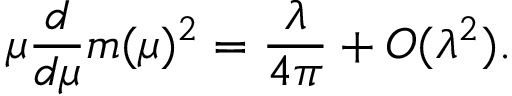
\mu \frac { d } { d \mu } m ( \mu ) ^ { 2 } = \frac { \lambda } { 4 \pi } + { \cal O } ( \lambda ^ { 2 } ) .